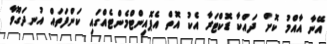
އޭނާ އާއްމު ކޮށް ދައްކާ ޑޮކްޓަރާ އެކު އޮތް އެޕޮއިންޓްމެންޓެއްގައި ކަންފަތައް އުނދަގޫވާ